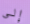
إلى